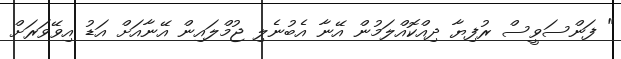
" ފަންސަވީސް ރުފިޔާ ދިއްކޮއްލަމުން އޭނާ އެބުނެލި ޖުމްލައިން އޭނާއަށް އަޑު އިވޭވަރަށް